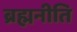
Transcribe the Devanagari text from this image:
ब्रह्मनीति